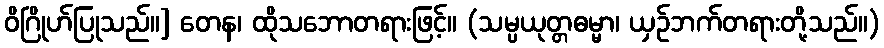
ဝိဂြိုဟ်ပြုသည်။] တေန၊ ထိုသဘောတရားဖြင့်။ (သမ္ပယုတ္တဓမ္မာ၊ ယှဉ်ဘက်တရားတို့သည်။)